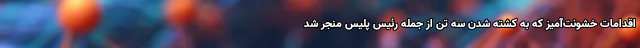
اقدامات خشونت‌آمیز که به کشته شدن سه تن از جمله رئیس پلیس منجر شد